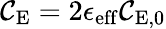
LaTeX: \mathcal{C}_{\mathrm{{E}}}=2\epsilon_{\mathrm{{eff}}}\mathcal{C}_{\mathrm{{E}},0}